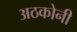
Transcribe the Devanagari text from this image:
अठकोनी